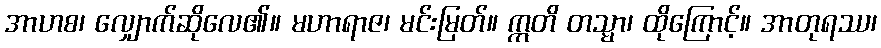
အာဟစ၊ လျှောက်ဆိုလေ၏။ မဟာရာဇ၊ မင်းမြတ်။ ဣတိ တသ္မာ၊ ထိုကြောင့်။ အာတုရဿ၊